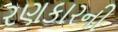
રણકારની